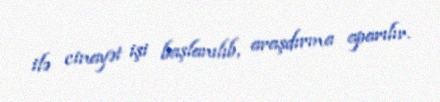
ilə cinayət işi başlanılıb, araşdırma aparılır.